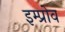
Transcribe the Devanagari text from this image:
इम्प्रोव